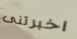
اخبرتنى